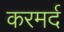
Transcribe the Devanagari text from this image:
करमर्द